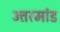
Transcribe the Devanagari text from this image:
उत्तरमांड